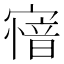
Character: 𡪟